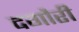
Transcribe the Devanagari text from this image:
दगौरी